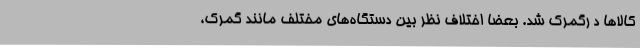
کالاها د رگمرک شد. بعضا اختلاف نظر بین دستگاه‌های مختلف مانند گمرک،